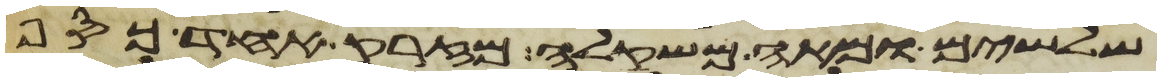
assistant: שלשים ומאה משקלה מזרק אחד כסף